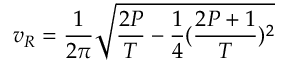
v _ { R } = \frac { 1 } { 2 \pi } \sqrt { \frac { 2 P } { T } - \frac { 1 } { 4 } ( \frac { 2 P + 1 } { T } ) ^ { 2 } }